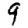
Digit: 9